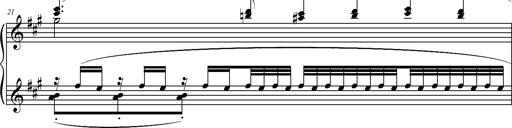
Title: 2 LÃ©gendes
Composer: Franz Liszt